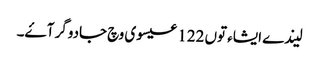
لیندے ایشاء توں 122 عیسوی وچ جادوگر آۓ۔